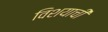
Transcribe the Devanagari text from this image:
विशयाची